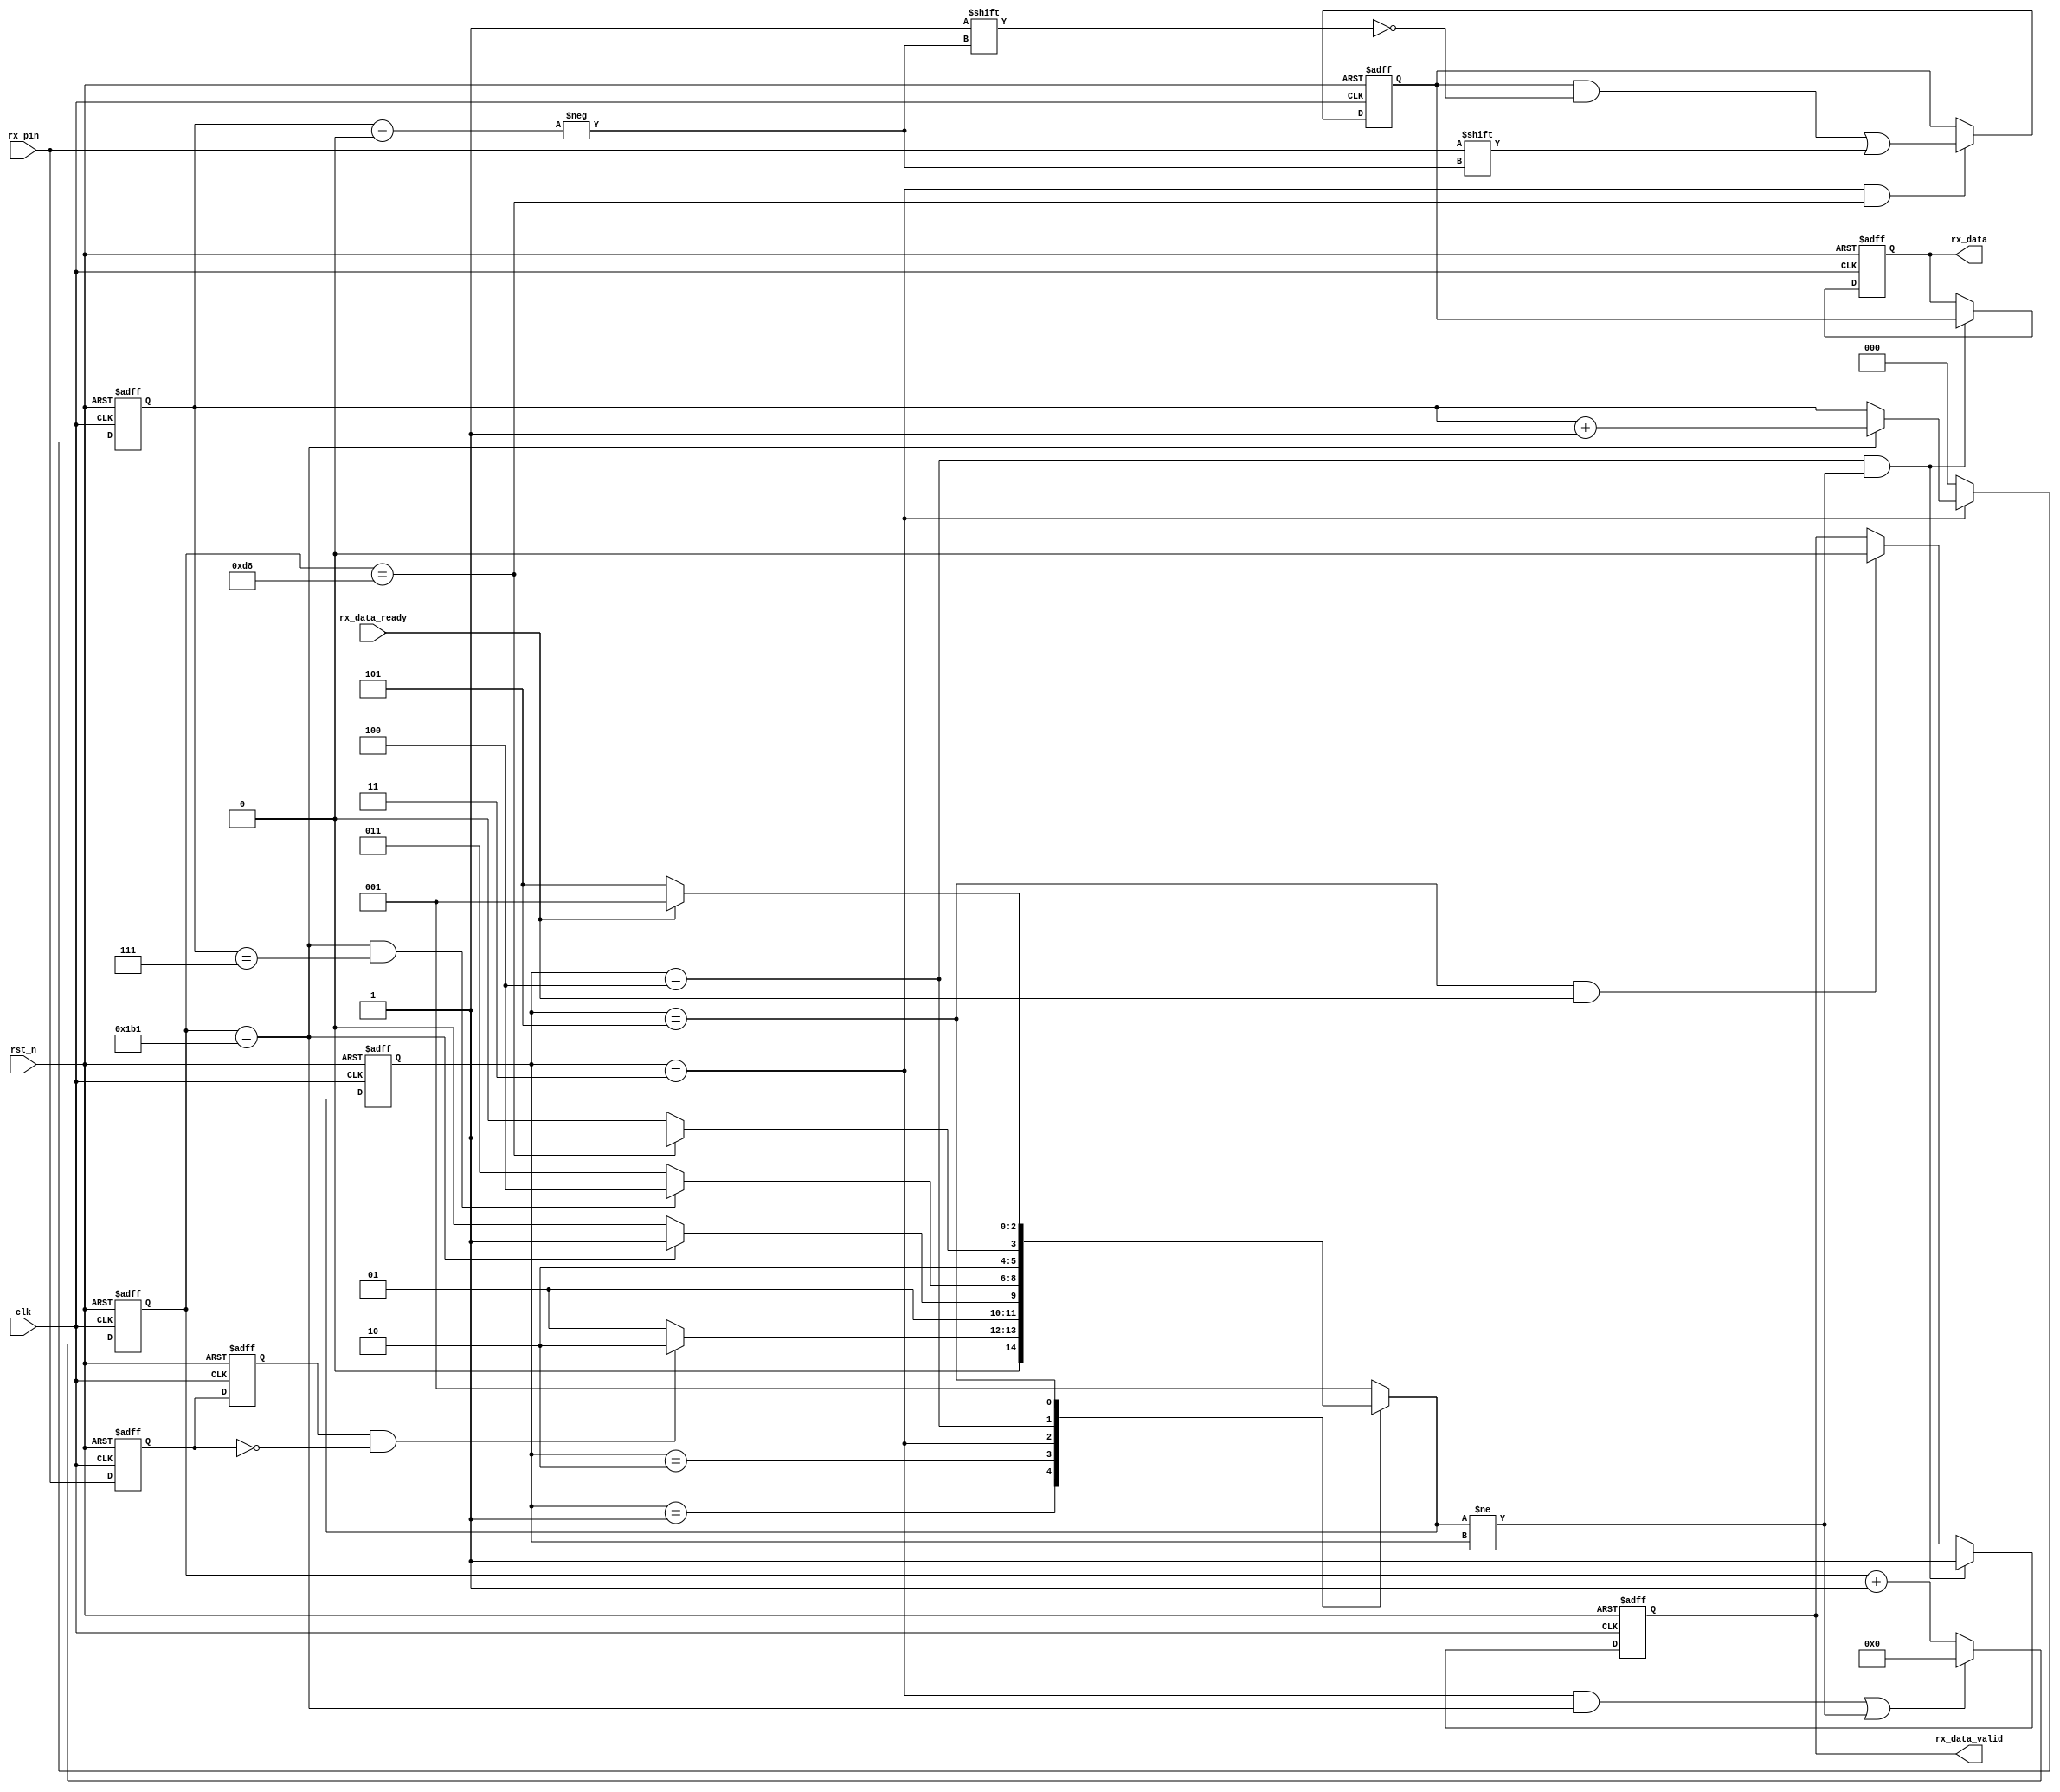
//////////////////////////////////////////////////////////////////////////////////
//                                                                              //
//                                                                              //
//          msq@qq.com                                                          //
//          ALINX(shanghai) Technology Co.,Ltd                                  //
//          heijin                                                              //
//     WEB: http://www.alinx.cn/                                                //
//     BBS: http://www.heijin.org/                                              //
//                                                                              //
//////////////////////////////////////////////////////////////////////////////////
//                                                                              //
// Copyright (c) 2017,ALINX(shanghai) Technology Co.,Ltd                        //
//                    All rights reserved                                       //
//                                                                              //
// This source file may be used and distributed without restriction provided    //
// that this copyright statement is not removed from the file and that any      //
// derivative work contains the original copyright notice and the associated    //
// disclaimer.                                                                  //
//                                                                              //
//////////////////////////////////////////////////////////////////////////////////

//================================================================================
//  Revision History:
//  Date          By            Revision    Change Description
//--------------------------------------------------------------------------------
//2017/8/1                    1.0          Original
//*******************************************************************************/
module uart_rx
#(
	parameter CLK_FRE = 50,      //clock frequency(Mhz)
	parameter BAUD_RATE = 115200 //serial baud rate
)
(
	input                        clk,              //clock input
	input                        rst_n,            //asynchronous reset input, low active 
	output reg[7:0]              rx_data,          //received serial data
	output reg                   rx_data_valid,    //received serial data is valid
	input                        rx_data_ready,    //data receiver module ready
	input                        rx_pin            //serial data input
);
//calculates the clock cycle for baud rate 
localparam                       CYCLE = CLK_FRE * 1000000 / BAUD_RATE;
//state machine code
localparam                       S_IDLE      = 1;
localparam                       S_START     = 2; //start bit
localparam                       S_REC_BYTE  = 3; //data bits
localparam                       S_STOP      = 4; //stop bit
localparam                       S_DATA      = 5;

reg[2:0]                         state;
reg[2:0]                         next_state;
reg                              rx_d0;            //delay 1 clock for rx_pin
reg                              rx_d1;            //delay 1 clock for rx_d0
wire                             rx_negedge;       //negedge of rx_pin
reg[7:0]                         rx_bits;          //temporary storage of received data
reg[15:0]                        cycle_cnt;        //baud counter
reg[2:0]                         bit_cnt;          //bit counter

assign rx_negedge = rx_d1 && ~rx_d0;

always@(posedge clk or negedge rst_n)
begin
	if(rst_n == 1'b0)
	begin
		rx_d0 <= 1'b0;
		rx_d1 <= 1'b0;	
	end
	else
	begin
		rx_d0 <= rx_pin;
		rx_d1 <= rx_d0;
	end
end


always@(posedge clk or negedge rst_n)
begin
	if(rst_n == 1'b0)
		state <= S_IDLE;
	else
		state <= next_state;
end

always@(*)
begin
	case(state)
		S_IDLE:
			if(rx_negedge)
				next_state <= S_START;
			else
				next_state <= S_IDLE;
		S_START:
			if(cycle_cnt == CYCLE - 1)//one data cycle 
				next_state <= S_REC_BYTE;
			else
				next_state <= S_START;
		S_REC_BYTE:
			if(cycle_cnt == CYCLE - 1  && bit_cnt == 3'd7)  //receive 8bit data
				next_state <= S_STOP;
			else
				next_state <= S_REC_BYTE;
		S_STOP:
			if(cycle_cnt == CYCLE/2 - 1)//half bit cycle,to avoid missing the next byte receiver
				next_state <= S_DATA;
			else
				next_state <= S_STOP;
		S_DATA:
			if(rx_data_ready)    //data receive complete
				next_state <= S_IDLE;
			else
				next_state <= S_DATA;
		default:
			next_state <= S_IDLE;
	endcase
end

always@(posedge clk or negedge rst_n)
begin
	if(rst_n == 1'b0)
		rx_data_valid <= 1'b0;
	else if(state == S_STOP && next_state != state)
		rx_data_valid <= 1'b1;
	else if(state == S_DATA && rx_data_ready)
		rx_data_valid <= 1'b0;
end

always@(posedge clk or negedge rst_n)
begin
	if(rst_n == 1'b0)
		rx_data <= 8'd0;
	else if(state == S_STOP && next_state != state)
		rx_data <= rx_bits;//latch received data
end

always@(posedge clk or negedge rst_n)
begin
	if(rst_n == 1'b0)
		begin
			bit_cnt <= 3'd0;
		end
	else if(state == S_REC_BYTE)
		if(cycle_cnt == CYCLE - 1)
			bit_cnt <= bit_cnt + 3'd1;
		else
			bit_cnt <= bit_cnt;
	else
		bit_cnt <= 3'd0;
end


always@(posedge clk or negedge rst_n)
begin
	if(rst_n == 1'b0)
		cycle_cnt <= 16'd0;
	else if((state == S_REC_BYTE && cycle_cnt == CYCLE - 1) || next_state != state)
		cycle_cnt <= 16'd0;
	else
		cycle_cnt <= cycle_cnt + 16'd1;	
end
//receive serial data bit data
always@(posedge clk or negedge rst_n)
begin
	if(rst_n == 1'b0)
		rx_bits <= 8'd0;
	else if(state == S_REC_BYTE && cycle_cnt == CYCLE/2 - 1)
		rx_bits[bit_cnt] <= rx_pin;
	else
		rx_bits <= rx_bits; 
end
endmodule